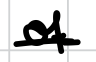
Text: of
Cross-out: single-line
Writing tool: digital_black